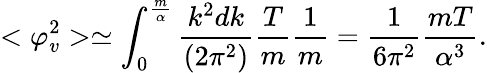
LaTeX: <\varphi_{v}^{2}>\simeq\int_{0}^{\frac{m}{\alpha}}{\frac{k^{2}dk}{(2\pi^{2})}}{\frac{T}{m}}{\frac{1}{m}}={\frac{1}{6\pi^{2}}}{\frac{mT}{\alpha^{3}}}.